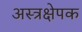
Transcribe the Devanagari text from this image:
अस्त्रक्षेपक